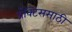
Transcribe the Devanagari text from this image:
प्रॅक्टिससाठी